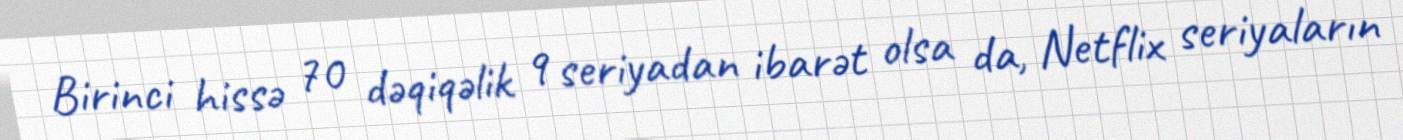
Birinci hissə 70 dəqiqəlik 9 seriyadan ibarət olsa da, Netflix seriyaların